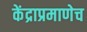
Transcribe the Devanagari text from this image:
केंद्राप्रमाणेच